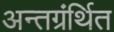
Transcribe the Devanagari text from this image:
अन्‍तग्रंर्थित